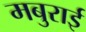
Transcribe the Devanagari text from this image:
मबुराई